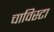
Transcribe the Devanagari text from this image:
चाविस्टा